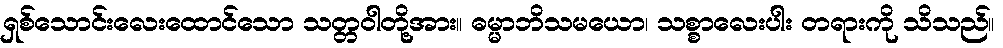
ရှစ်သောင်းလေးထောင်သော သတ္တဝါတို့အား။ ဓမ္မာဘိသမယော၊ သစ္စာလေးပါး တရားကို သိသည်။